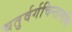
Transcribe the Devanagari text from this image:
चतुर्वर्गचिन्तामणिः